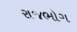
રાજભોગ